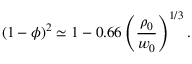
( 1 - \phi ) ^ { 2 } \simeq 1 - 0 . 6 6 \left( \frac { \rho _ { 0 } } { w _ { 0 } } \right) ^ { 1 / 3 } .